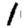
Digit: 1